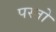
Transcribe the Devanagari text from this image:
पस्तो